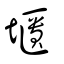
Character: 㙺